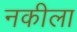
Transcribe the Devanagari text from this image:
नकीला